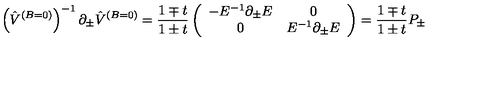
\left( \hat { V } ^ { ( B = 0 ) } \right) ^ { - 1 } \partial _ { \pm } \hat { V } ^ { ( B = 0 ) } = { \frac { 1 \mp t } { 1 \pm t } } \left( \begin{array} { c c } { - E ^ { - 1 } \partial _ { \pm } E } & { 0 } \\ { 0 } & { E ^ { - 1 } \partial _ { \pm } E } \\ \end{array} \right) = { \frac { 1 \mp t } { 1 \pm t } } P _ { \pm }